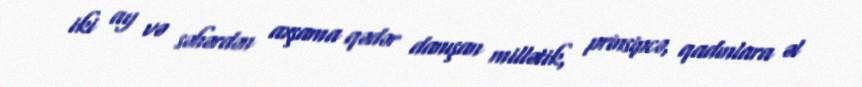
iki ay və səhərdən axşama qədər danışan millətik, prinsipcə, qadınlara əl